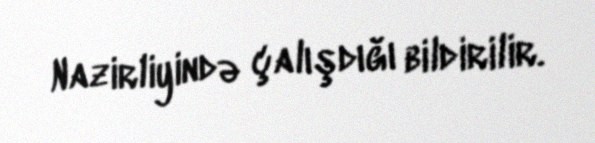
Nazirliyində çalışdığı bildirilir.